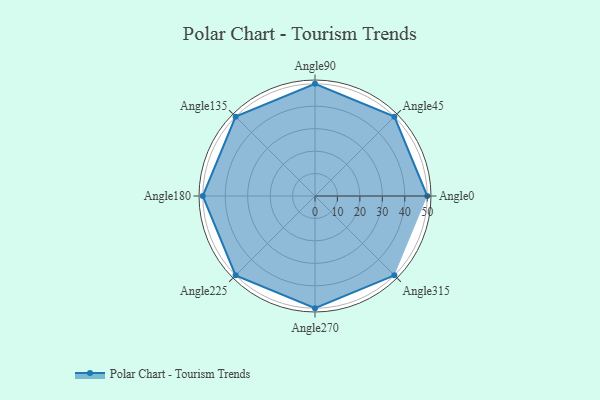
{"axis": {"x": "Angle", "y": "Radius"}, "legend": [""], "data": [{"x": "Angle0", "y": 50, "type": ""}, {"x": "Angle45", "y": 50, "type": ""}, {"x": "Angle90", "y": 50, "type": ""}, {"x": "Angle135", "y": 50, "type": ""}, {"x": "Angle180", "y": 50, "type": ""}, {"x": "Angle225", "y": 50, "type": ""}, {"x": "Angle270", "y": 50, "type": ""}, {"x": "Angle315", "y": 50, "type": ""}]}